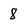
Character: 8